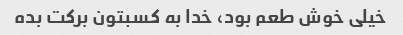
خیلی خوش طعم بود، خدا به کسبتون برکت بده